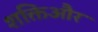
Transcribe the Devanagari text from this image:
शक्तिऔर